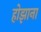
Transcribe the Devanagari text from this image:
होझाना